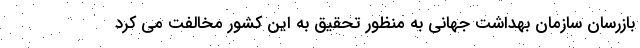
بازرسان سازمان بهداشت جهانی به منظور تحقیق به این کشور مخالفت می کرد